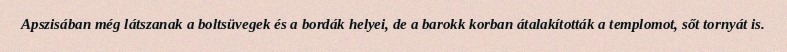
Apszisában még látszanak a boltsüvegek és a bordák helyei, de a barokk korban átalakították a templomot, sőt tornyát is.